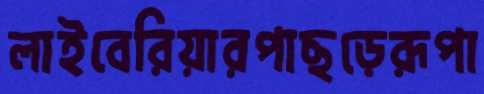
লাইবেরিয়ারপাছড়েরূপা